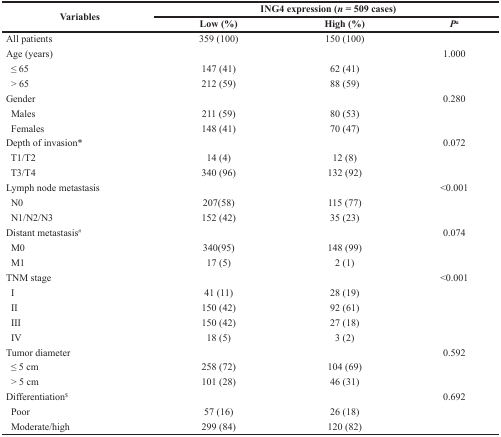
<table><thead><tr><td rowspan="2"><b>Variables</b></td><td colspan="3"><b>ING4 expression (<i>n</i>=509 cases)</b></td></tr><tr><td><b>Low (%)</b></td><td><b>High (%)</b></td><td><b><i>P</i><sup>a</sup></b></td></tr></thead><tbody><tr><td>All patients</td><td>359 (100)</td><td>150 (100)</td><td></td></tr><tr><td>Age(years)</td><td></td><td></td><td>1.000</td></tr><tr><td> ≤ 65</td><td>147 (41)</td><td>62 (41)</td><td></td></tr><tr><td> &gt;65</td><td>212 (59)</td><td>88 (59)</td><td></td></tr><tr><td>Gender</td><td></td><td></td><td>0.280</td></tr><tr><td> Males</td><td>211 (59)</td><td>80 (53)</td><td></td></tr><tr><td> Females</td><td>148 (41)</td><td>70 (47)</td><td></td></tr><tr><td>Depth of invasion*</td><td></td><td></td><td>0.072</td></tr><tr><td> T1/T2</td><td>14 (4)</td><td>12 (8)</td><td></td></tr><tr><td> T3/T4</td><td>340 (96)</td><td>132 (92)</td><td></td></tr><tr><td>Lymph node metastasis</td><td></td><td></td><td>&lt;0.001</td></tr><tr><td> N0</td><td>207(58)</td><td>115 (77)</td><td></td></tr><tr><td> N1/N2/N3</td><td>152 (42)</td><td>35 (23)</td><td></td></tr><tr><td>Distant metastasis<sup>#</sup></td><td></td><td></td><td>0.074</td></tr><tr><td> M0</td><td>340(95)</td><td>148 (99)</td><td></td></tr><tr><td> M1</td><td>17 (5)</td><td>2 (1)</td><td></td></tr><tr><td>TNM stage</td><td></td><td></td><td>&lt;0.001</td></tr><tr><td> I</td><td>41 (11)</td><td>28 (19)</td><td></td></tr><tr><td> II</td><td>150 (42)</td><td>92 (61)</td><td></td></tr><tr><td> III</td><td>150 (42)</td><td>27 (18)</td><td></td></tr><tr><td> IV</td><td>18 (5)</td><td>3 (2)</td><td></td></tr><tr><td>Tumor diameter</td><td></td><td></td><td>0.592</td></tr><tr><td> ≤5 cm</td><td>258 (72)</td><td>104 (69)</td><td></td></tr><tr><td> &gt;5cm</td><td>101 (28)</td><td>46 (31)</td><td></td></tr><tr><td>Differentiation<sup>$</sup></td><td></td><td></td><td>0.692</td></tr><tr><td> Poor</td><td>57 (16)</td><td>26 (18)</td><td></td></tr><tr><td> Moderate/high</td><td>299 (84)</td><td>120 (82)</td><td></td></tr></tbody></table>